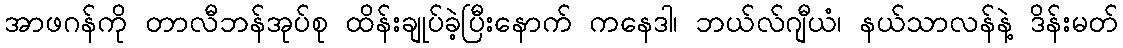
အာဖဂန်ကို တာလီဘန်အုပ်စု ထိန်းချုပ်ခဲ့ပြီးနောက် ကနေဒါ၊ ဘယ်လ်ဂျီယံ၊ နယ်သာလန်နဲ့ ဒိန်းမတ်